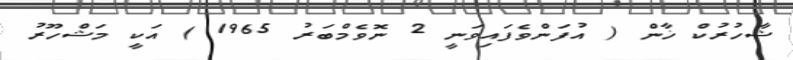
ޝާހުރުކް ޚާން ( އުފަންވެފައިވަނީ 2 ނޮވެމްބަރު 1965 ) އަކީ މަޝްހޫރު